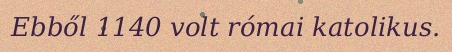
Ebből 1140 volt római katolikus.